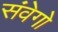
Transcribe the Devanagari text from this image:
संवेगो